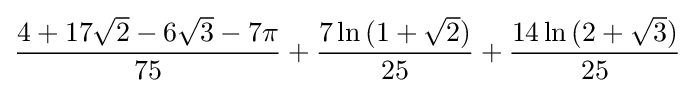
{\frac {4+17{\sqrt {2}}-6{\sqrt {3}}-7\pi }{75}}+{\frac {7\ln {(1+{\sqrt {2}})}}{25}}+{\frac {14\ln {(2+{\sqrt {3}})}}{25}}